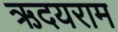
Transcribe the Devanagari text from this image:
ऋदयराम